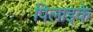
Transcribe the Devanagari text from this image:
पिलाइके